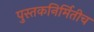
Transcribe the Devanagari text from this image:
पुस्तकनिर्मितीच